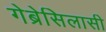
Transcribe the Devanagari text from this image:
गेब्रेसिलासी